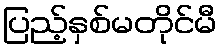
ပြည့်နှစ်မတိုင်မီ